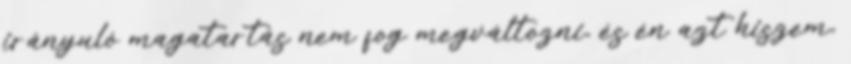
irányuló magatartás nem fog megváltozni, és én azt hiszem,